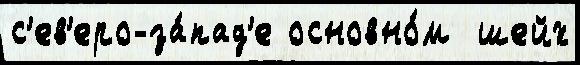
с'ев'еро-за́пад'е основно́м  шейх